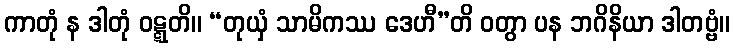
ကာတုံ န ဒါတုံ ဝဋ္ဋတိ။ “တုယှံ သာမိကဿ ဒေဟီ”တိ ဝတွာ ပန ဘဂိနိယာ ဒါတဗ္ဗံ။